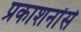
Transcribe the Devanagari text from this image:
प्रकाशनोंसे